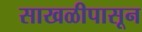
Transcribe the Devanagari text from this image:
साखळीपासून